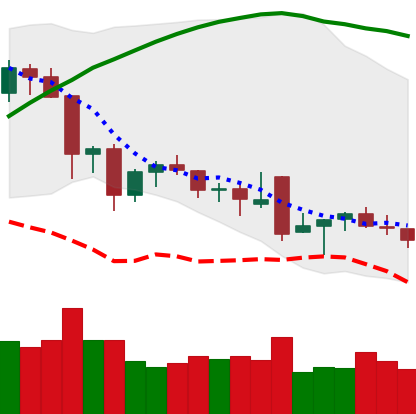
Ticker: NEO-USD
Chart end date: 2021-12-02
Forward return: -18.614%
Label: down_7plus